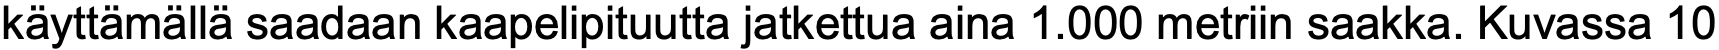
käyttämällä saadaan kaapelipituutta jatkettua aina 1.000 metriin saakka. Kuvassa 10